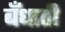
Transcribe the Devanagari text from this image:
बँधाती